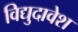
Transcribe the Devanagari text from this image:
विद्युदावेश